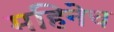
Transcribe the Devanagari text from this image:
महिनेच